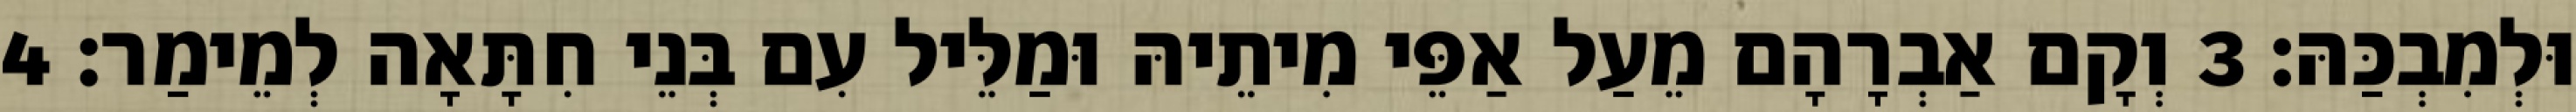
וּלְמִבְכַּהּ׃ 3 וְקָם אַבְרָהָם מֵעַל אַפֵּי מִיתֵיהּ וּמַלֵּיל עִם בְּנֵי חִתָּאָה לְמֵימַר׃ 4